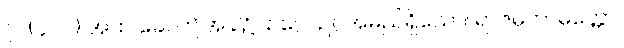
၇။ (၄၀၀) အထ ခေါ၊ ဤအခါ၌။ ဥဂ္ဂေါ၊ ဥဂ္ဂအမည်ရှိသော။ ရာဇမဟာမတ္တော၊